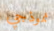
نموذجي